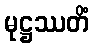
မုဋ္ဌဿတိံ